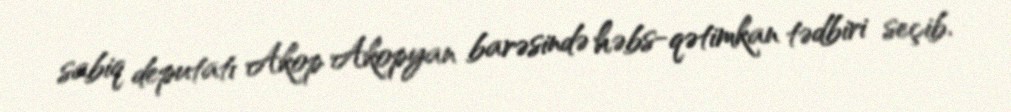
sabiq deputatı Akop Akopyan barəsində həbs-qətimkan tədbiri seçib.